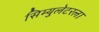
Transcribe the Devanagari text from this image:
सिम्युलेटरला